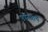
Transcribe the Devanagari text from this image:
पपनसाचे